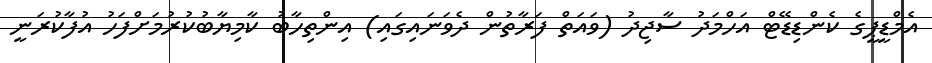
އެމްޑީޕީގެ ކެންޑިޑޭޓް އަހްމަދު ސާޖިދު (ވައަތް ފަރާތުން ދެވަނައިގައި) އިންތިހާބު ކާމިޔާބުކުރުމަށްފަހު އުފާކުރަނީ